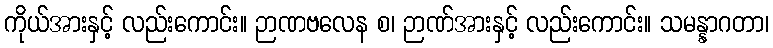
ကိုယ်အားနှင့် လည်းကောင်း။ ဉာဏဗလေန စ၊ ဉာဏ်အားနှင့် လည်းကောင်း။ သမန္နာဂတာ၊